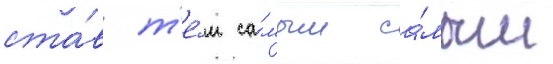
ста́в т'е́м са́мым са́мым